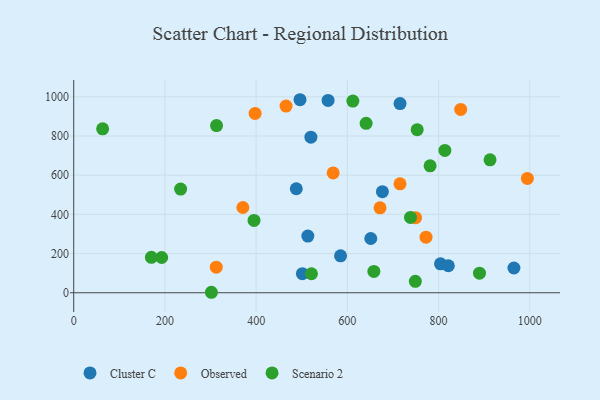
{"axis": {"x": "Experience", "y": "Profit"}, "legend": ["Cluster C", "Observed", "Scenario 2"], "data": [{"x": "715.6", "y": 965.1, "type": "Cluster C"}, {"x": "585.1", "y": 188.4, "type": "Cluster C"}, {"x": "651.4", "y": 276.9, "type": "Cluster C"}, {"x": "804.3", "y": 147.6, "type": "Cluster C"}, {"x": "676.9", "y": 516.0, "type": "Cluster C"}, {"x": "496.2", "y": 985.0, "type": "Cluster C"}, {"x": "821.5", "y": 137.8, "type": "Cluster C"}, {"x": "557.8", "y": 981.6, "type": "Cluster C"}, {"x": "520.1", "y": 794.0, "type": "Cluster C"}, {"x": "965.3", "y": 126.4, "type": "Cluster C"}, {"x": "501.4", "y": 97.6, "type": "Cluster C"}, {"x": "488.1", "y": 530.7, "type": "Cluster C"}, {"x": "513.4", "y": 289.5, "type": "Cluster C"}, {"x": "312.6", "y": 130.8, "type": "Observed"}, {"x": "370.9", "y": 435.0, "type": "Observed"}, {"x": "397.8", "y": 915.0, "type": "Observed"}, {"x": "994.8", "y": 583.5, "type": "Observed"}, {"x": "772.5", "y": 283.8, "type": "Observed"}, {"x": "568.9", "y": 611.5, "type": "Observed"}, {"x": "671.7", "y": 433.2, "type": "Observed"}, {"x": "749.6", "y": 382.9, "type": "Observed"}, {"x": "715.5", "y": 555.8, "type": "Observed"}, {"x": "465.6", "y": 952.4, "type": "Observed"}, {"x": "848.6", "y": 935.6, "type": "Observed"}, {"x": "612.1", "y": 977.9, "type": "Scenario 2"}, {"x": "912.9", "y": 678.1, "type": "Scenario 2"}, {"x": "753.2", "y": 832.3, "type": "Scenario 2"}, {"x": "170.3", "y": 180.7, "type": "Scenario 2"}, {"x": "301.9", "y": 2.5, "type": "Scenario 2"}, {"x": "813.9", "y": 726.5, "type": "Scenario 2"}, {"x": "738.5", "y": 384.6, "type": "Scenario 2"}, {"x": "889.8", "y": 100.1, "type": "Scenario 2"}, {"x": "641.2", "y": 864.5, "type": "Scenario 2"}, {"x": "395.4", "y": 369.0, "type": "Scenario 2"}, {"x": "192.9", "y": 179.9, "type": "Scenario 2"}, {"x": "658.2", "y": 108.9, "type": "Scenario 2"}, {"x": "63.4", "y": 836.6, "type": "Scenario 2"}, {"x": "781.5", "y": 647.7, "type": "Scenario 2"}, {"x": "521.3", "y": 97.0, "type": "Scenario 2"}, {"x": "234.4", "y": 529.1, "type": "Scenario 2"}, {"x": "749.1", "y": 58.5, "type": "Scenario 2"}, {"x": "313.2", "y": 853.3, "type": "Scenario 2"}]}